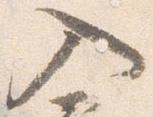
入